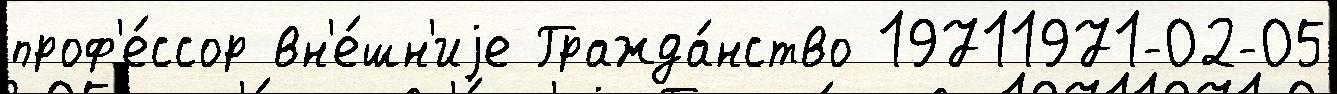
проф'е́ссор вн'е́шн'иjе Гражда́нство 19711971-02-05